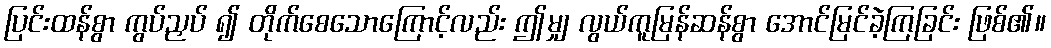
ပြင်းထန်စွာ ကွပ်ညှပ် ၍ တိုက်စေသောကြောင့်လည်း ဤမျှ လွယ်ကူမြန်ဆန်စွာ အောင်မြင်ခဲ့ကြခြင်း ဖြစ်၏။